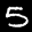
Label: 5